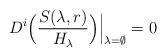
LaTeX: \begin{align*}D^{i}\Bigl(\frac{S(\lambda,r)}{H_\lambda}\Bigr)\Big|_{\lambda=\emptyset}=0\end{align*}